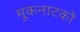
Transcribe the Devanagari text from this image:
मूकनाटकों